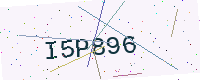
Text: I5P896